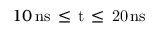
1 0 \, \mathrm { { n s } \, \leq \, t \, \leq \, 2 0 \, \mathrm { { n s } } }